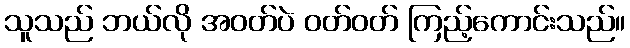
သူသည် ဘယ်လို အဝတ်ပဲ ဝတ်ဝတ် ကြည့်ကောင်းသည်။